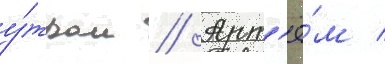
у́тром // Арт'ё́м /